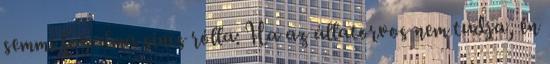
semmi,fogalma sincs rólla: Ha az állatorvos nem tudja, én